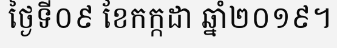
ថ្ងៃទី០៩ ខែកក្កដា ឆ្នាំ២០១៩។